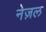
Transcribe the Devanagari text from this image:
नेज़ल